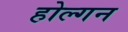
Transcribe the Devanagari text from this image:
होल्गन